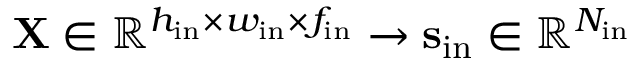
\mathbf { X } \in \mathbb { R } ^ { h _ { \mathrm { i n } } \times w _ { \mathrm { i n } } \times f _ { \mathrm { i n } } } \to \mathbf { s } _ { \mathrm { i n } } \in \mathbb { R } ^ { N _ { \mathrm { i n } } }